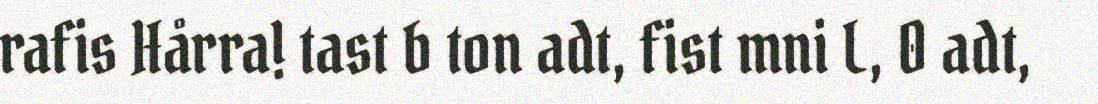
rafis Hårra! tast b ton adt, fist mni L, 0 adt,